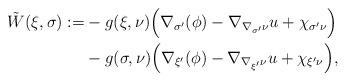
LaTeX: \begin{align*}\begin{aligned}\tilde{W}(\xi, \sigma) :=& - g(\xi, \nu) \Big( \nabla_{\sigma'}(\phi) - \nabla_{\nabla_{\sigma'}\nu} u + \chi_{\sigma'\nu}\Big) \\& - g(\sigma, \nu) \Big( \nabla_{\xi'}(\phi) - \nabla_{\nabla_{\xi'}\nu} u + \chi_{\xi'\nu}\Big),\end{aligned}\end{align*}